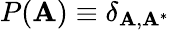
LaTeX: P(\mathbf{A})\equiv\delta_{\mathbf{A},\mathbf{A}^{*}}